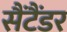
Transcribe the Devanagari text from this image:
सैंटैंडर